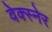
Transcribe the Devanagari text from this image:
वेक्स्नेर